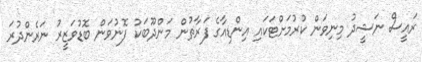
ރައީސް ނަޝީދު މިނިވަން ކުރުމަށްޓަކައި އިންޑިއާގެ ފަރާތުން މަންދޫބަކު ފޮނުވަން ބޮޑުވަޒީރު ނަރެންދުރަ